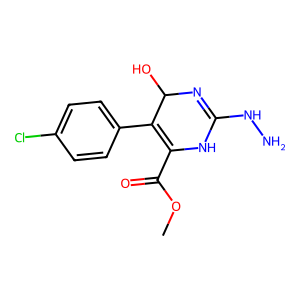
SMILES: COC(=O)C1=C(c2ccc(Cl)cc2)C(O)N=C(NN)N1
Inhibits HIV replication: No